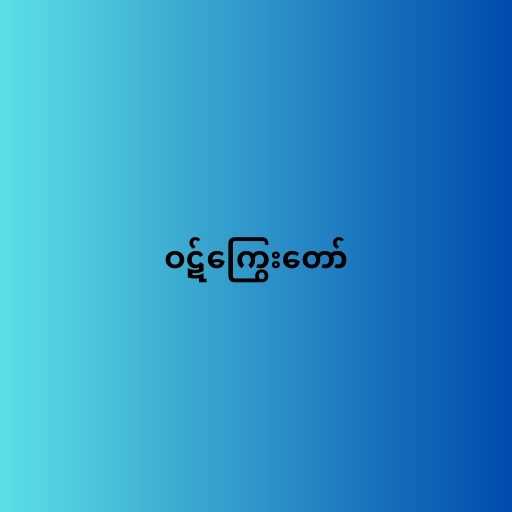
ဝဋ်ကြွေးတော်